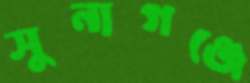
সুনাগঞ্জে